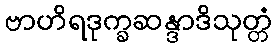
ဗာဟိရဒုက္ခဆန္ဒာဒိသုတ္တံ